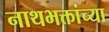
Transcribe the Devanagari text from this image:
नाथभक्तांच्या